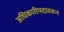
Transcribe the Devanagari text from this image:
अधिकारीपदावरून